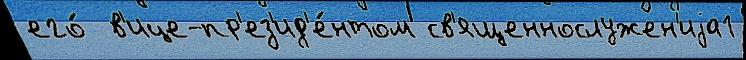
его́  в'ице-пр'ез'ид'е́нтом св'ященнослужен'иjа1